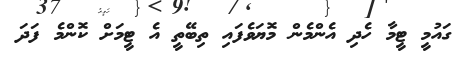
ގައުމީ ޓީމާ ހެދި އެންމެން މޮޔަވެފައި ތިބޭތީ އެ ޓީމަށް ކޮންމެ ފަދަ